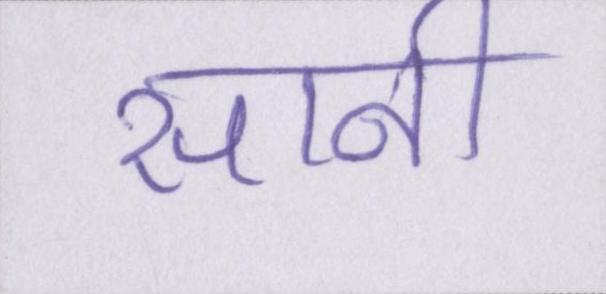
सानी